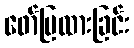
ဖော်ပြထားခြင်း